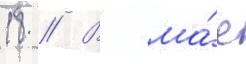
18 // В ма́е